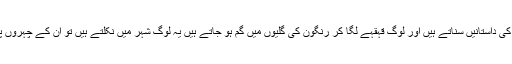
یہ لوگوں کو عہد رفتہ کی داستانیں سناتے ہیں اور لوگ قہقہے لگا کر رنگون کی گلیوں میں گم ہو جاتے ہیں یہ لوگ شہر میں نکلتے ہیں تو ان کے چہروں پر صاف لکھا ہوتا ہے۔